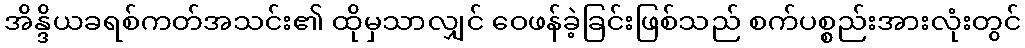
အိန္ဒိယခရစ်ကတ်အသင်း၏ ထိုမှသာလျှင် ဝေဖန်ခဲ့ခြင်းဖြစ်သည် စက်ပစ္စည်းအားလုံးတွင်